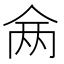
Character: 𬾇